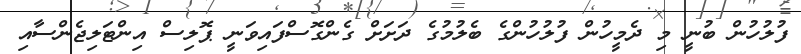
ފުލުހުން ބުނީ މި ދެމީހުން ފުލުހުންގެ ބެލުމުގެ ދަށަށް ގެންގޮސްފައިވަނީ ޕޮލިސް އިންޓަލިޖެންސާއި